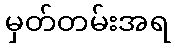
မှတ်တမ်းအရ